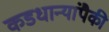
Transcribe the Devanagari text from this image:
कडधान्यांपैकी